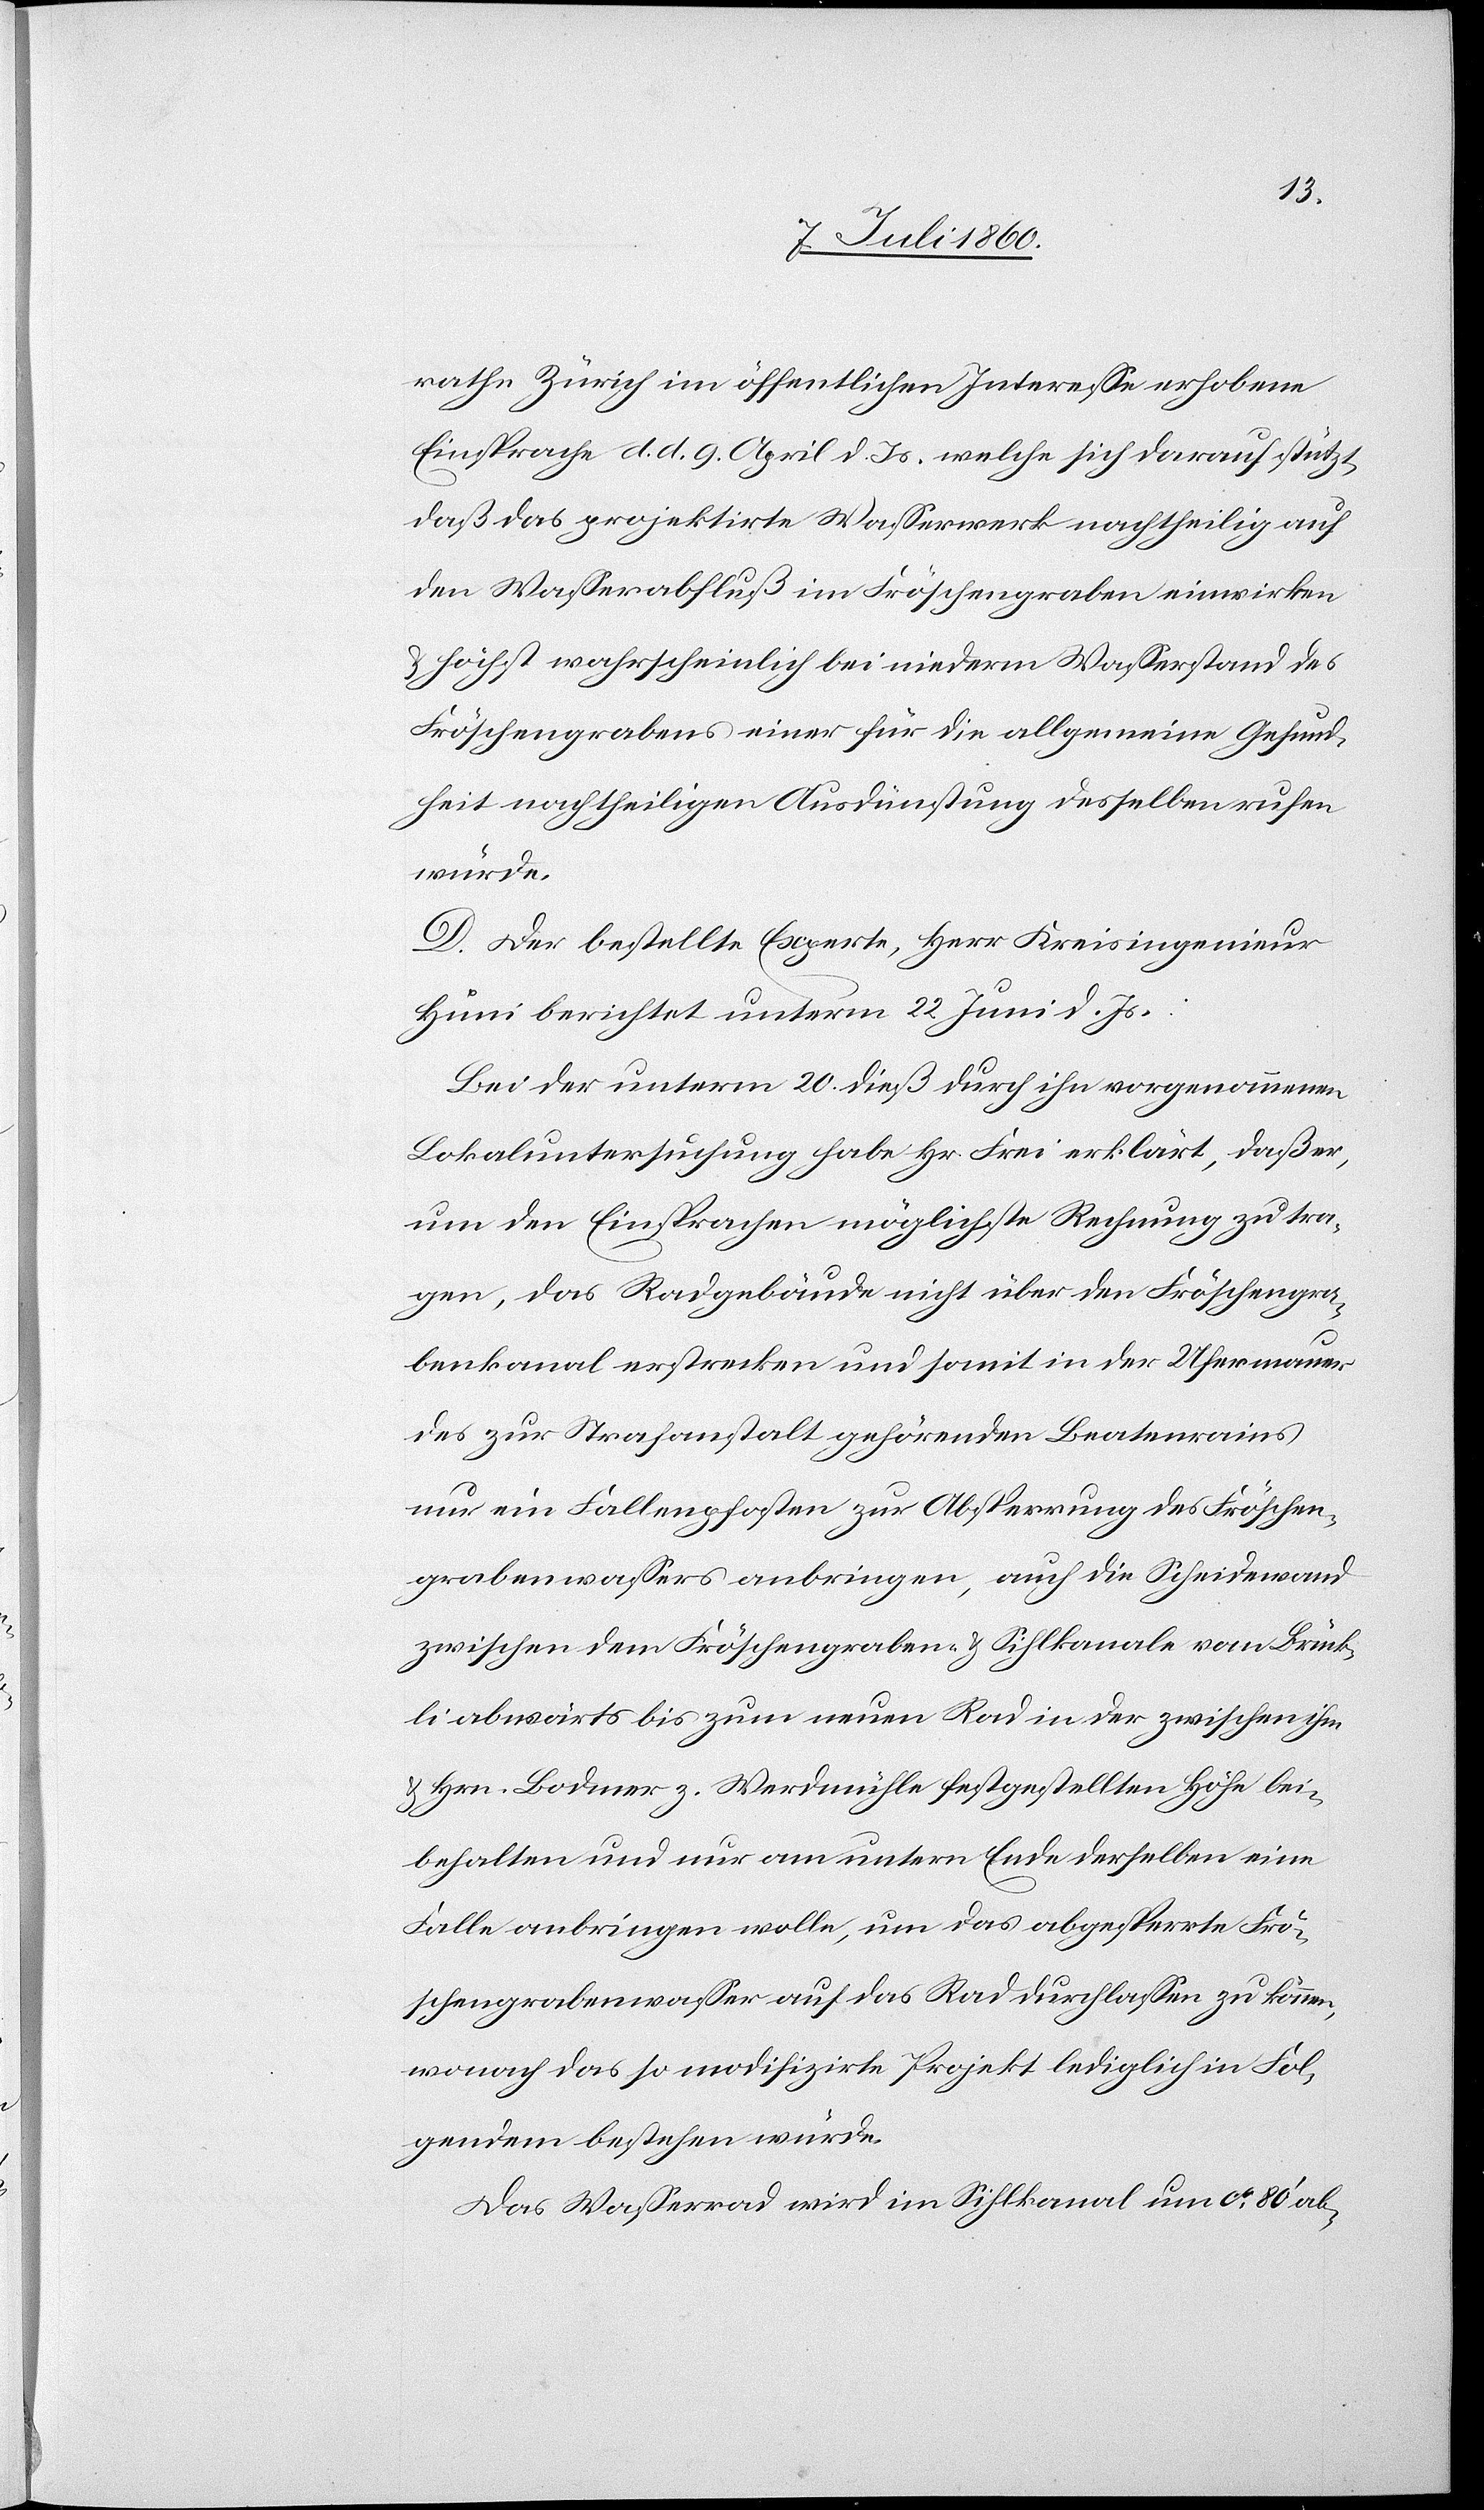
rathe Zürich im öffentlichen Interesse erhobene
Einsprache d. d. 9. April d. Js. welche sich darauf stützt,
daß das projektirte Wasserwerk nachtheilig auf
den Wasserabfluß im Fröschengraben einwirken
& höchst wahrscheinlich bei niederm Wasserstand des
Fröschengrabens einer für die allgemeine Gesund¬
heit nachtheiligen Ausdünstung desselben rufen
würde.
D. Der bestellte Experte, Hr. Kreisingenieur
Hüni berichtet unterm 22. Juni d. Js.:
Bei der unterm 20. dieß durch ihn vorgenommenen
Lokaluntersuchung habe Hr. Frei erklärt, daß er,
um den Einsprachen möglichste Rechnung zu tra¬
gen, das Radgebäude nicht über den Fröschengra¬
benkanal erstrecken und somit in der Ufermauer
des zur Strafanstalt gehörenden Beatenrains
nur ein Fallenpfosten zur Absperrung des Fröschen¬
grabenswassers anbringen, auch die Scheidewand
zwischen dem Fröschengraben- & Sihlkanale vom Brück¬
li abwärts bis zum neuen Rad in der zwischen ihm
Hrn. Bodmer z. Werdmühle festgestellten Höhe bei¬
behalten und nur am untern Ende derselben eine
Falle anbringen wolle, um das abgesperrte Frö¬
schengrabenwasser auf das Rad durchlassen zu können,
wonach das so modifizirte Projekt lediglich in Fol¬
gendem bestehen würde:
Das Wasserrad wird im Sihlkanal um ca. 80’ ab-